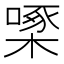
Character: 𪳓